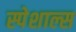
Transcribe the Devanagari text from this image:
स्पेशाल्स